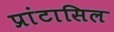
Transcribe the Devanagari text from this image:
प्रांटासिल